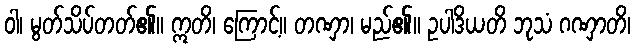
ဝါ၊ မွတ်သိပ်တတ်၏။ ဣတိ၊ ကြောင့်။ တဏှာ၊ မည်၏။ ဥပါဒိယတိ ဘုသံ ဂဏှာတိ၊